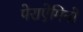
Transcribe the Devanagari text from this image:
पेराऐमिनो